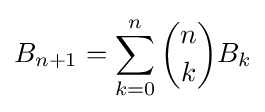
B_{n+1}=\sum _{k=0}^{n}{n \choose k}B_{k}